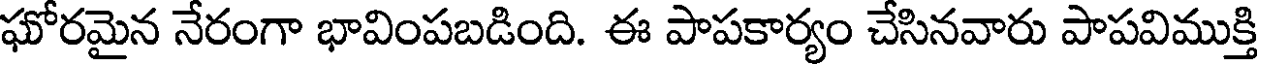
ఘోరమైన నేరంగా భావింపబడింది. ఈ పాపకార్యం చేసినవారు పాపవిముక్తి